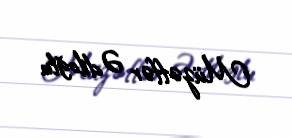
Müzəffər Ədiloğlu